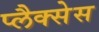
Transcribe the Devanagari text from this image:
प्लैक्सेस